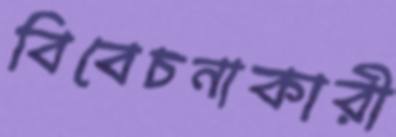
বিবেচনাকারী